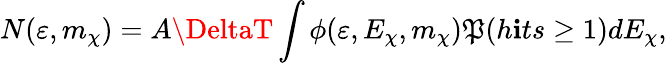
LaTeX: N(\varepsilon,m_{\chi})=A\DeltaT\int\phi(\varepsilon,E_{\chi},m_{\chi})\mathfrak{P}(h\mathbf{i}ts\geq1)dE_{\chi},